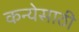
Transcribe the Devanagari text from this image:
कन्येसाठी